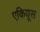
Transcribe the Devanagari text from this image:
एकियूस